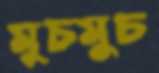
মুচমুচ